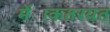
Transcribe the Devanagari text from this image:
मेंाकतरयत